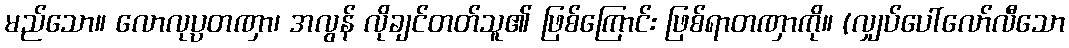
မည်သော။ လောလုပ္ပတဏှာ၊ အလွန် လိုချင်တတ်သူ၏ ဖြစ်ကြောင်း ဖြစ်ရာတဏှာကို။ (လျှပ်ပေါ်လော်လီသော